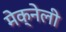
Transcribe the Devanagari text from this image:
मेक्नेली